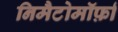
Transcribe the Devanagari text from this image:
निमैटोमॉर्फ़ा